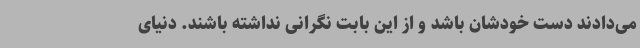
می‌دادند دست خودشان باشد و از این بابت نگرانی نداشته باشند. دنیای